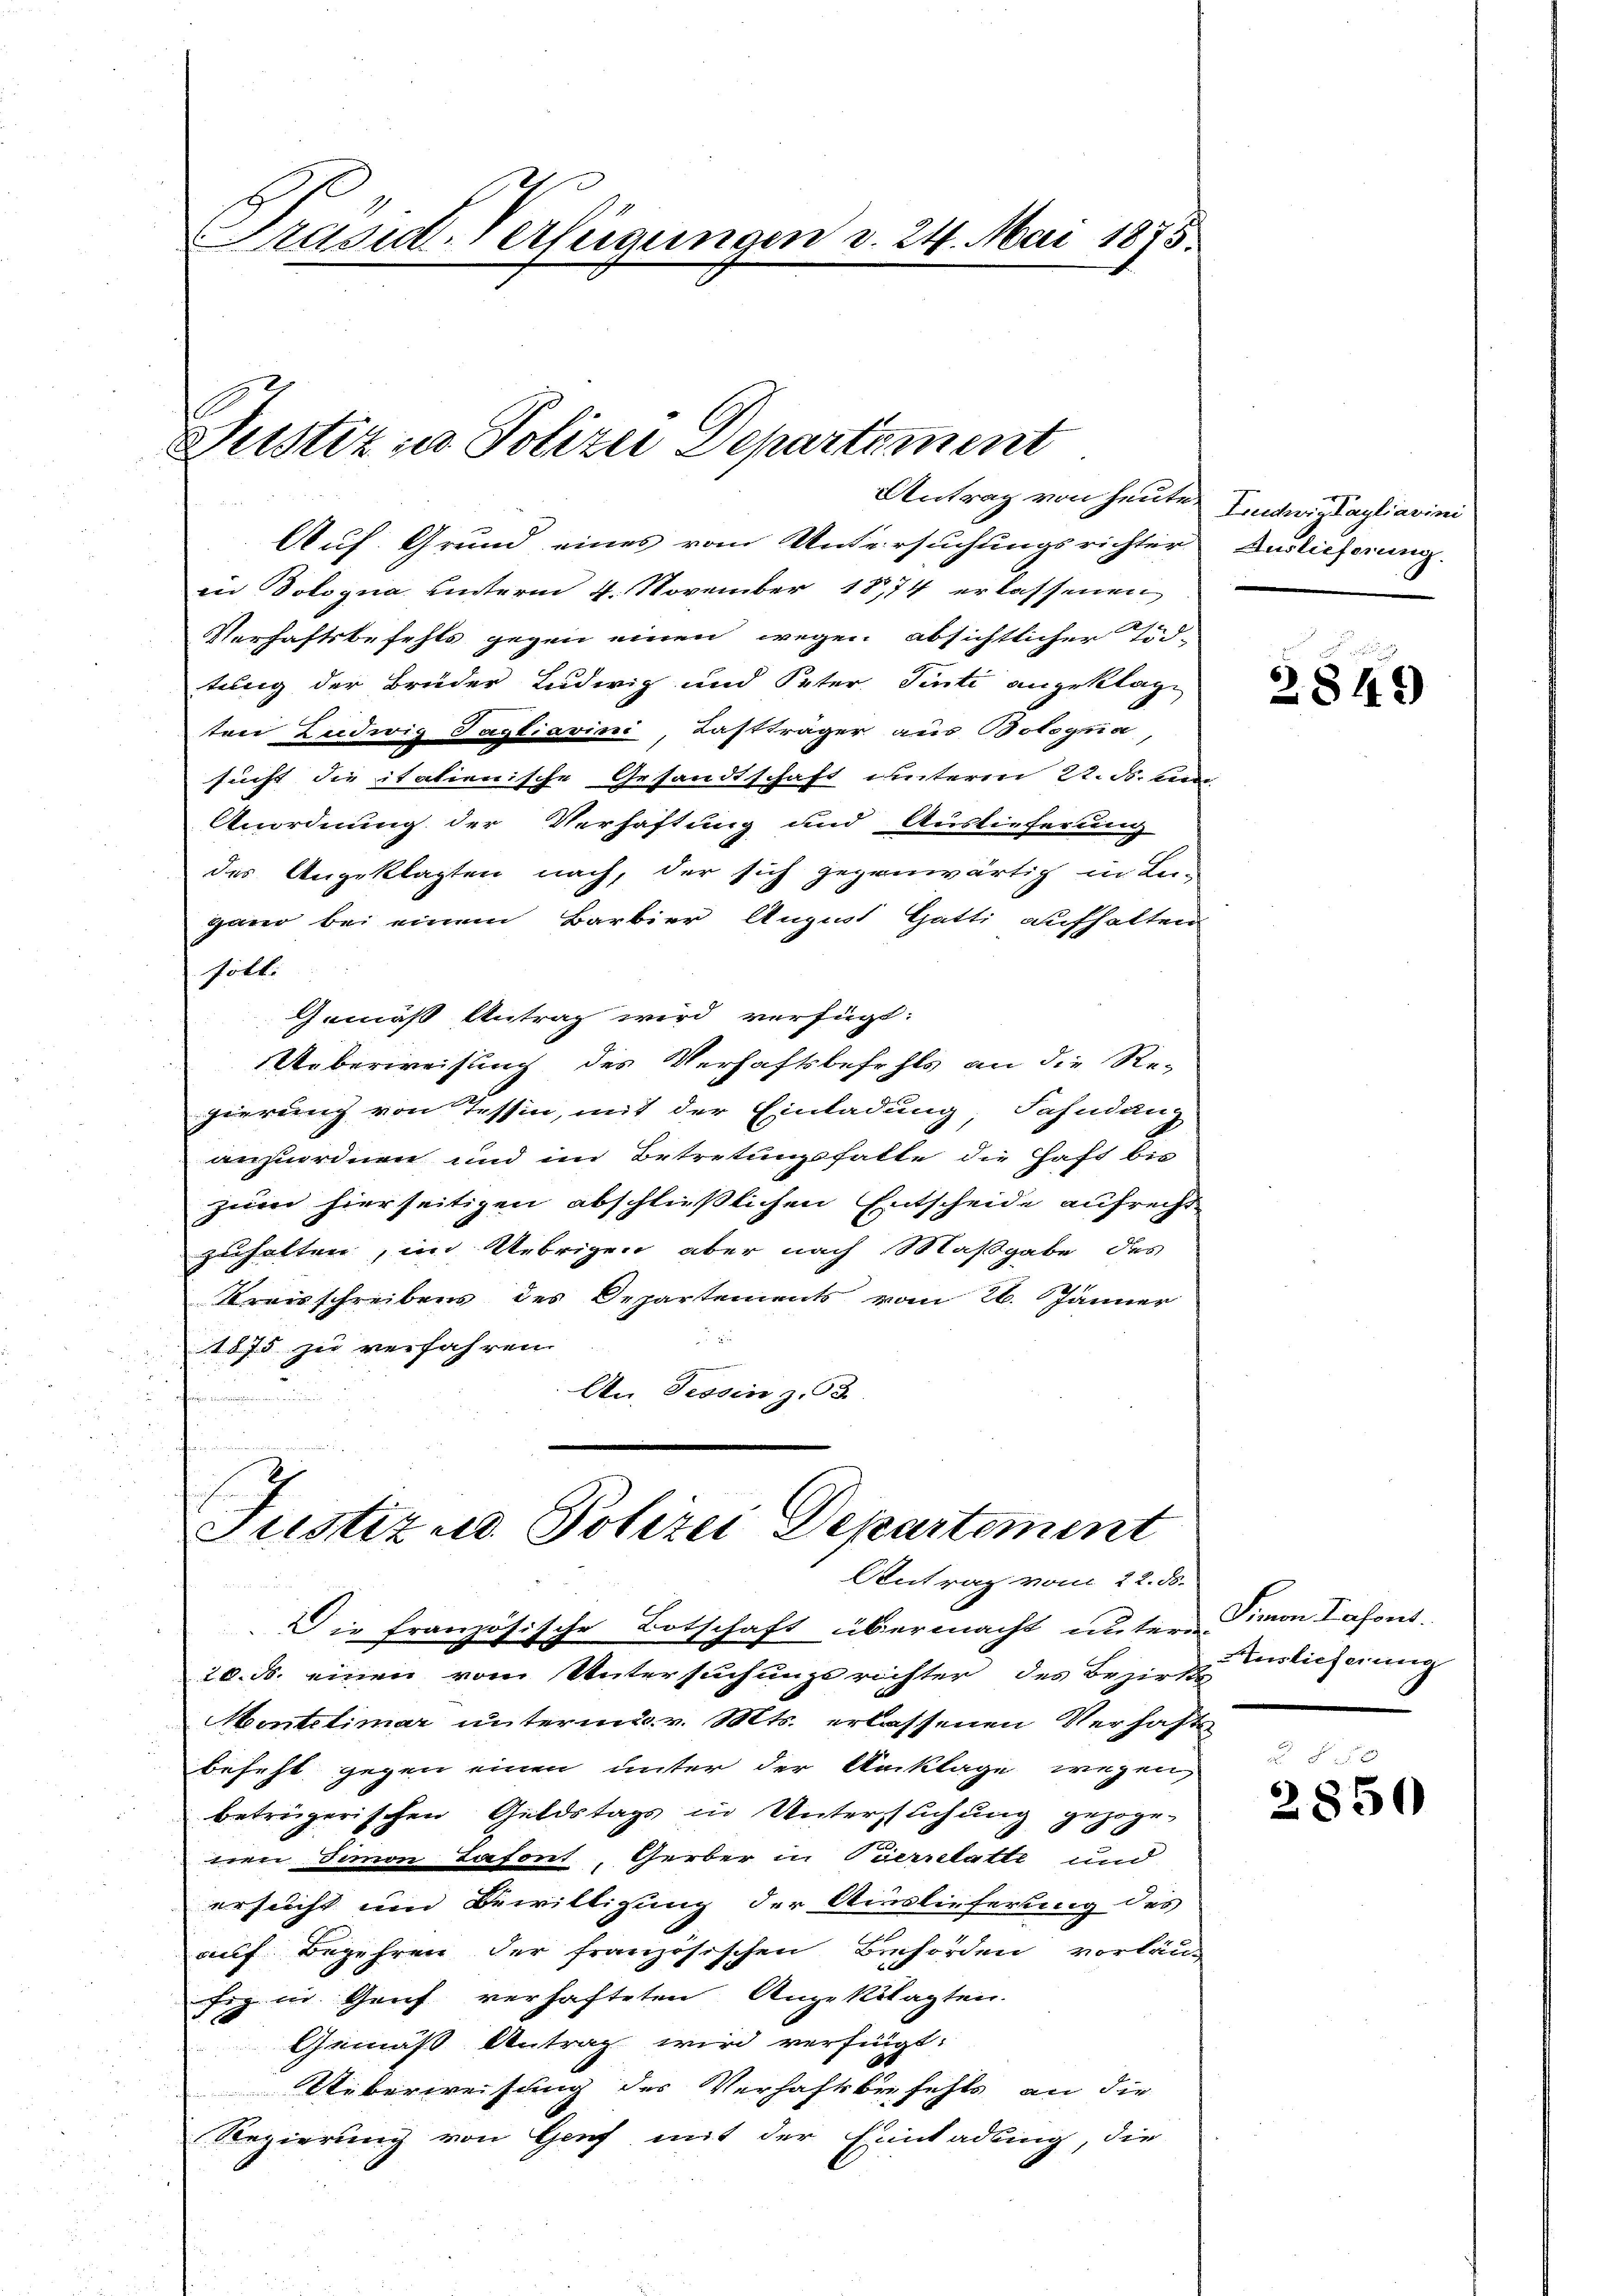
Präsid-Verfügungen v. 24. Mai 1875.

Justizia Polizei Departement

Antrag von heute Ludwigtagliarini
Auf Grund eines vom Untersuchungsrichter Auslieferung.
in Dologna hinterm 4. November 1874 erlassenen
Verhaftsbefehls gegen einen wegen absichtlicher Töd-
tung der Brüder Ludwig und Peter Senti angeklagt
ten Ludwig Tagliarini, Lastträger aus Bologna,
sucht die italienische Gesandtschaft unterm 22. d. un
Unordnung der Verhaftung und Auslieferung
des Angeklagten nach, der sich gegenwärtig in La-
gano bei einem Barbier August Gatti aufhalten
söll:
Gemäß Antrag wird verfügt:
Ueberweisung des Verhaftsbefehls an die Re-
gierung von Tessin, mit der Einladung, Fahndung
anzuordnen und im Betretungshalte die Haft bis
zum hierseitigen abschließlichen Entscheide aufrecht
zuhalten, im Uebrigen aber nach Maßgabe des
Kreisschreibens des Departements vom 26. Jänner
1875 zu verfahren
An, Tessin z. 93.
 un

Justiz u. Polizei Departement
Antrag vom 22. ds.

Die französische Botschaft übermacht untere von Lahont.
20. d. einen vom Untersuchungsrichter des Bezirks
Montelimar unterm. v. Mts. erlassenen Verhaft
befehl gegen einen unter der Anklage wegen,
betrügerischen Geldstags in Untersuchung gezogenen Simon Lafort, Gerber in Pierrelatte und
ersucht und Bewilligung der Auslieferung des
auf Begehren der französischen Behörden vorläu-
fig in Genf verhafteten Angeklagten.
Gemäß Antrag wird verfügt:
Uiberweisung des Verhaftbefehls an die
Regierung von Genf mit der Einladung, die

2849

uslieferung

2850